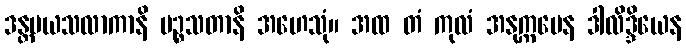
ဒန္တမယသလာကာနိ ပဉ္စသတာနိ အဟေသုံ။ အထ တံ ကုလံ အနုက္ကမေန ဒါလိဒ္ဒိယေန